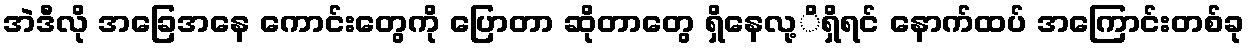
အဲဒီလို အခြေအနေ ကောင်းတွေကို ပြောတာ ဆိုတာတွေ ရှိနေလု့ိရှိရင် နောက်ထပ် အကြောင်းတစ်ခု